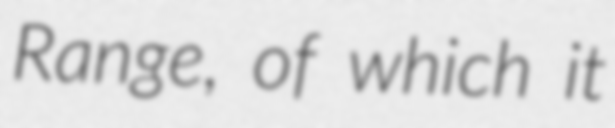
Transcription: Range, of which it